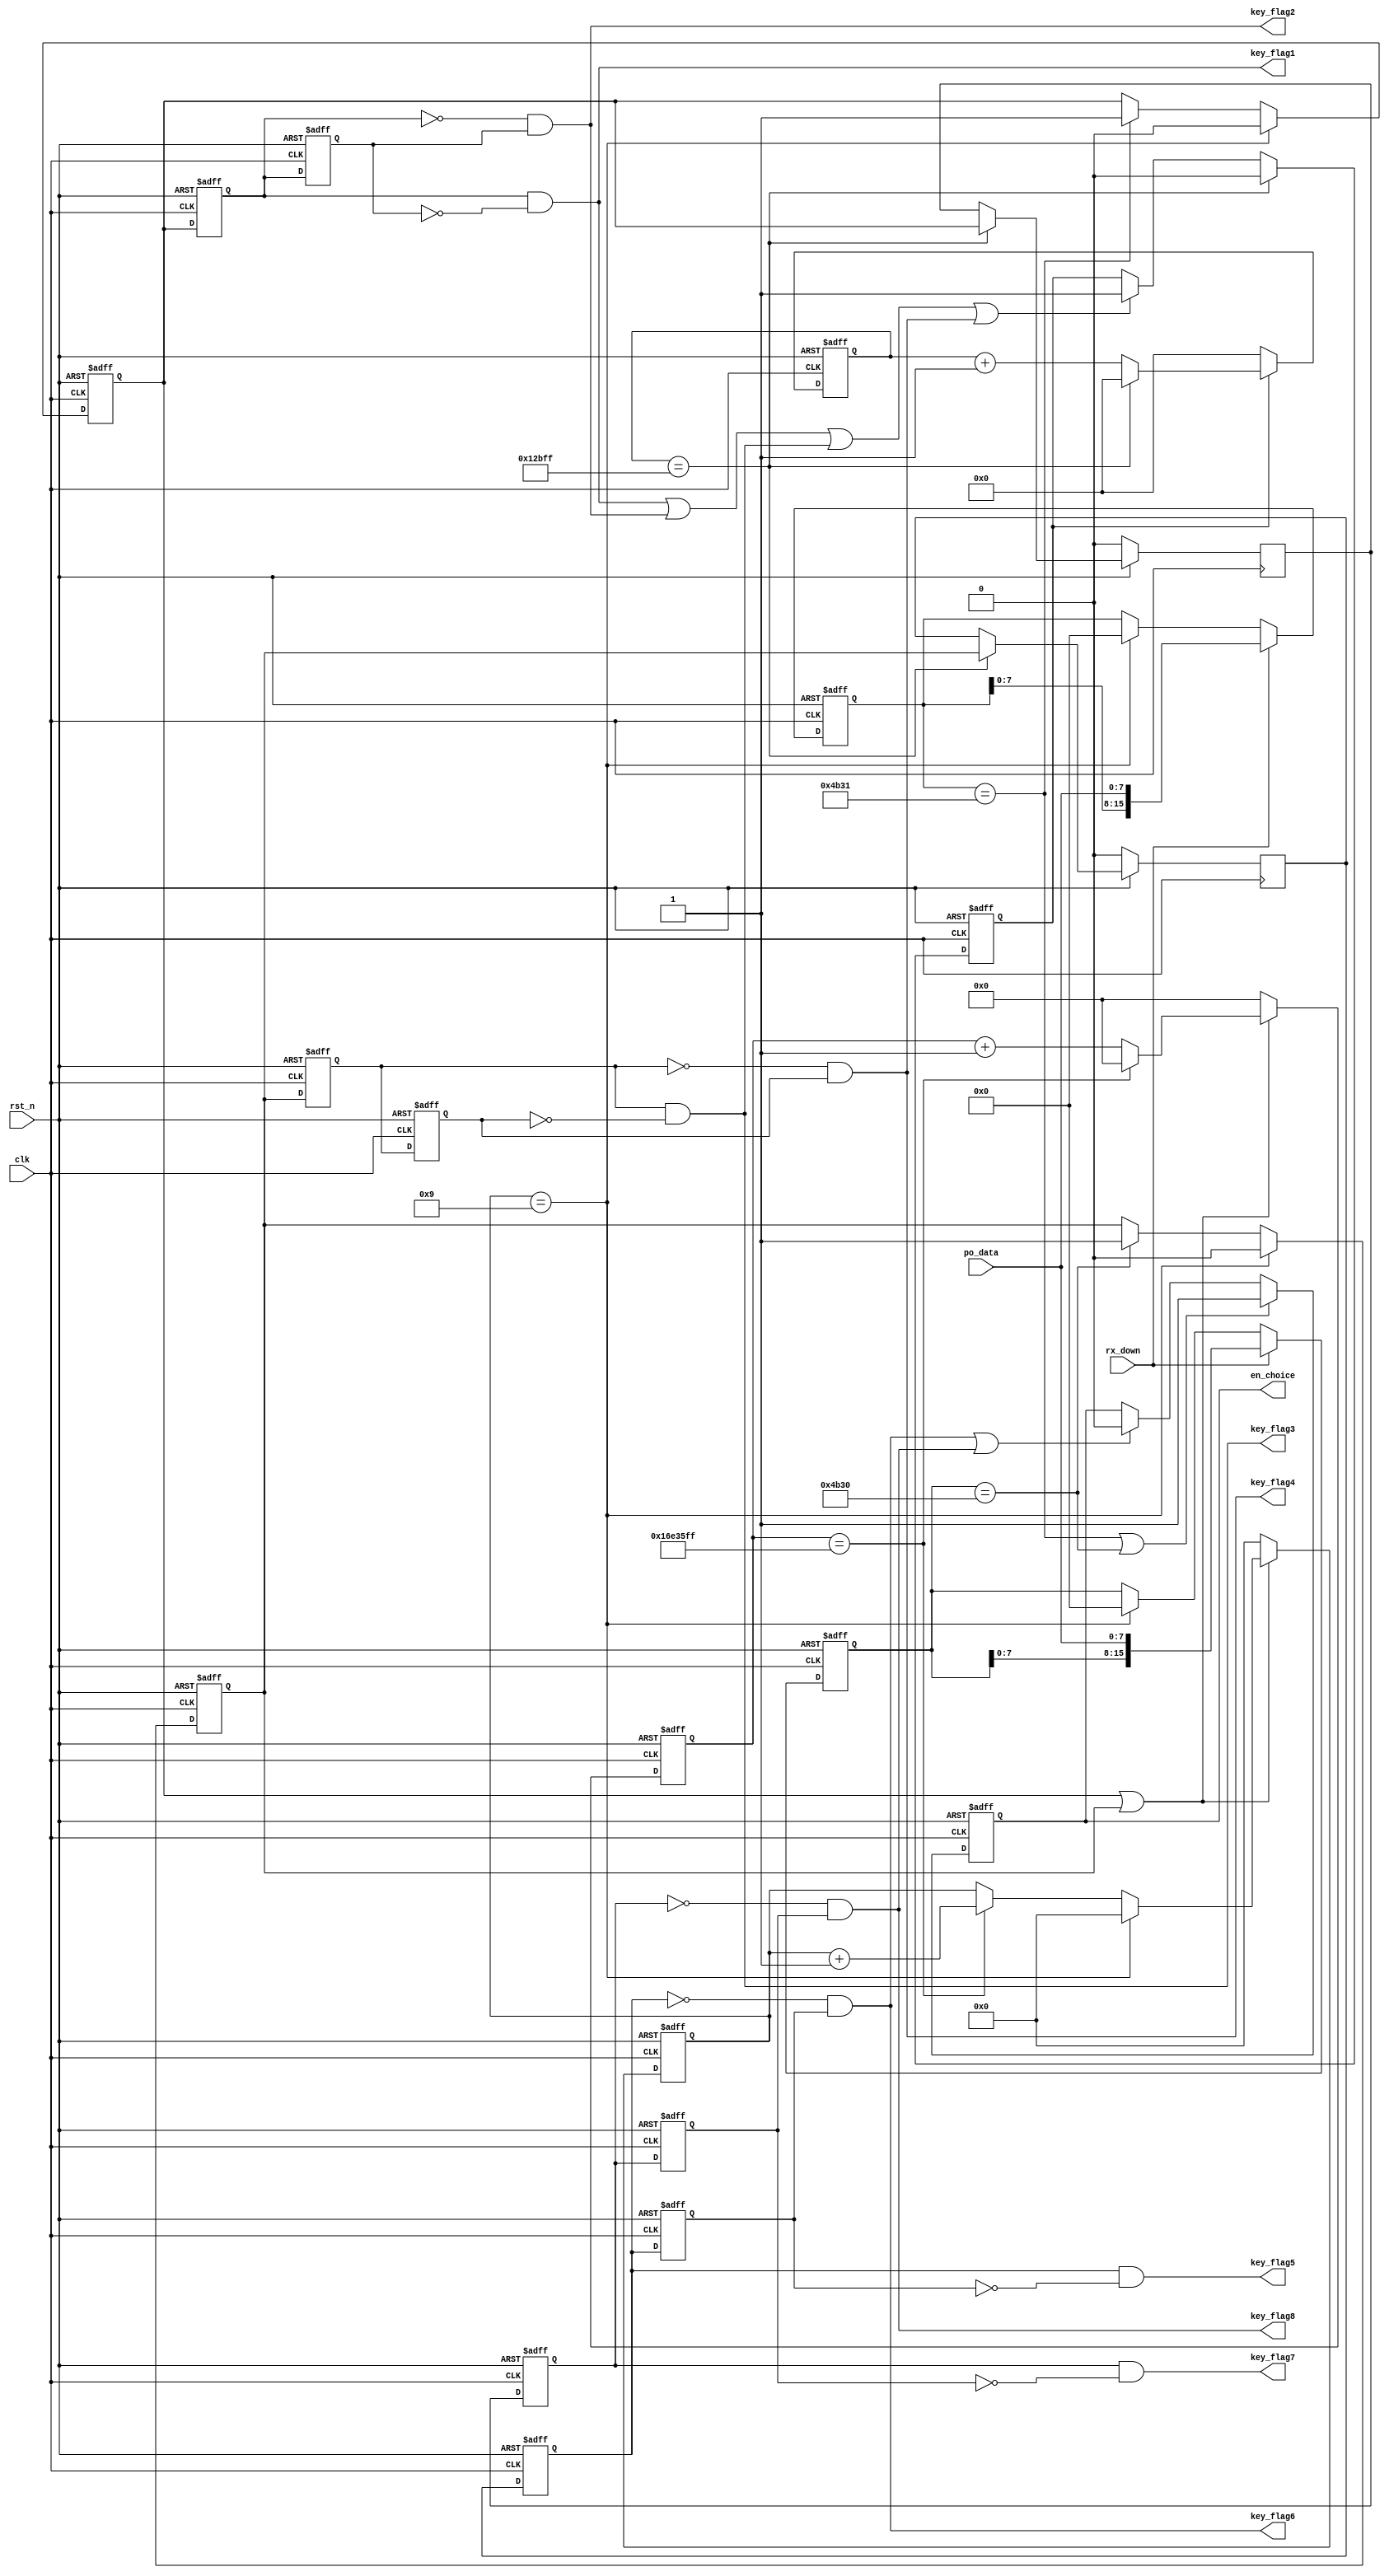
module power_voice( clk,
	rst_n,
	po_data,
	rx_down,
    key_flag1,
	key_flag2,
	key_flag3,
	key_flag4,
	key_flag5,
	key_flag6,
	key_flag7,
	key_flag8,
	en_choice
    );

input clk;
input rst_n;
input [7:0]po_data;
input rx_down;
output  key_flag1;
output  key_flag2;
output  key_flag3;
output  key_flag4;
output  key_flag5;
output  key_flag6;
output  key_flag7;
output  key_flag8;
output reg en_choice;

parameter inst1 = "K1"; //
parameter inst2 = "K0"; //
parameter delay_cnt = 76800; //uart
                              //tx
parameter delay_cnt_1s = 24000000; //1s
reg [15:0]com1;
reg [15:0]com2;
reg en1;
reg en2;
reg temp1,temp2,temp3,temp4;
reg temp5,temp6,temp7,temp8;
reg key_state1;
reg key_state2;
reg key_state3;
reg key_state4;

reg en_cnt;
reg [17:0]cnt;
reg clk_delay;

reg [25:0]cnt_1s;
reg [3:0]count;



always @(posedge clk or negedge rst_n)
    if(!rst_n)
        en_choice <= 0;
	else if(com1 == inst1 || com2 == inst2)
	    en_choice <= 1;
	else if(key_flag6 || key_flag8)
	    en_choice <= 0;
	else 
	    en_choice <= en_choice;
	
/**********************************************************************
        uarttx
		10s
		10spower_ly.
        en_choice
**********************************************************************/
assign key_flag1 = temp1 & (~temp2);//     G1
assign key_flag2 = (~temp1 & temp2); //    G0
assign key_flag3 = temp3 & (~temp4);//     H1
assign key_flag4 = (~temp3 & temp4); //    H0
assign key_flag7 = temp5 & (~temp6);//     J1
assign key_flag8 = (~temp5 & temp6); //    J0
assign key_flag5 = temp7 & (~temp8);//     I1
assign key_flag6 = (~temp7 & temp8); //    I0


//
always @(posedge clk or negedge rst_n)
    if(!rst_n)
	    en_cnt <= 0;
	else if(cnt == delay_cnt - 1)
	    en_cnt <= 0;
	else if(key_flag1 || key_flag2 || key_flag3 || key_flag4)
	    en_cnt <= 1;
	else 
	    en_cnt <= en_cnt;
		
always @(posedge clk or negedge rst_n)
    if(!rst_n)
	    cnt <= 0;
	else if(en_cnt)
        if(cnt == delay_cnt - 1)
		    cnt <= 0;
	    else 
		    cnt <= cnt + 1'b1;
	else 
	    cnt <= 0;
				
//key_state10s
always @(posedge clk or negedge rst_n)
    if(!rst_n)
	    cnt_1s <= 0;
	else if(key_state1 || key_state2)
	    if(cnt_1s == delay_cnt_1s - 1)
	        cnt_1s <= 0;
	    else 
		    cnt_1s <= cnt_1s + 1'b1;
	else 
	    cnt_1s <= 0;
		
always @(posedge clk or negedge rst_n)
    if(!rst_n)
	    count <= 0;
	else if(key_state1 || key_state2)
	    if(count == 9)
		    count <= 0;
		else if(cnt_1s == delay_cnt_1s - 1)
		    count <= count + 1'b1;
		else 
		    count <= count;
	else 
	    count <= 0;
		
// 
always @(posedge clk or negedge rst_n)
    if(!rst_n)
	    temp1 <= 0;
	else 
	    temp1 <= key_state1;
		
always @(posedge clk or negedge rst_n)
    if(!rst_n)
	    temp2 <= 0;
	else 
	    temp2 <= temp1;
		
always @(posedge clk or negedge rst_n)
    if(!rst_n)
	    temp3 <= 0;
	else 
	    temp3 <= key_state2;
		
always @(posedge clk or negedge rst_n)
    if(!rst_n)
	    temp4 <= 0;
	else 
	    temp4 <= temp3;
				
always @(posedge clk or negedge rst_n)
    if(!rst_n)
	    temp5 <= 0;
	else 
	    temp5 <= key_state3;
		
always @(posedge clk or negedge rst_n)
    if(!rst_n)
	    temp6 <= 0;
	else 
	    temp6 <= temp5;
				
always @(posedge clk or negedge rst_n)
    if(!rst_n)
	    temp7 <= 0;
	else 
	    temp7 <= key_state4;
		
always @(posedge clk or negedge rst_n)
    if(!rst_n)
	    temp8 <= 0;
	else 
	    temp8 <= temp7;		
//
always @(posedge clk or negedge rst_n)
    if(!rst_n)
	    com1 <= 0;
	else if( rx_down )
	    com1 <= {com1[7:0],po_data};
	else if(count == 9)
	    com1 <= 0;
	else 
	    com1 <= com1;
		
always @(posedge clk or negedge rst_n)
    if(!rst_n)
	    com2 <= 0;
	else if( rx_down )
	    com2 <= {com2[7:0],po_data};
	else if(count == 9)
	    com2 <= 0;
	else 
	    com2 <= com2;

		
//		
always @(posedge clk or negedge rst_n)
    if(!rst_n)
	    key_state1 <= 0;
	else if(count == 9)
	    key_state1 <= 0;
	else if(com1 == inst1)
	    key_state1 <= 1;
	else 
	    key_state1 <= key_state1;
		
always @(posedge clk)
    if(!rst_n)
	    key_state3 <= 0;
	else if(cnt ==  delay_cnt - 1)
        key_state3 <= key_state1;
	else 
	    key_state3 <= key_state3;

		
//		
always @(posedge clk or negedge rst_n)
    if(!rst_n)
	    key_state2 <= 0;
	else if(count == 9)
	    key_state2 <= 0;
	else if(com2 == inst2)
	    key_state2 <= 1;
	else 
	    key_state2 <= key_state2;
		
always @(posedge clk)
    if(!rst_n)
	    key_state4 <= 0;
	else if(cnt ==  delay_cnt - 1)
        key_state4 <= key_state2;
	else 
	    key_state4 <= key_state4;		
		
endmodule